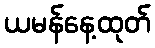
ယမန်နေ့ထုတ်